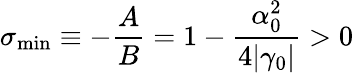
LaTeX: \sigma_{\mathrm{min}}\equiv-\frac{A}{B}=1-\frac{\alpha_{0}^{2}}{4|\gamma_{0}|}>0